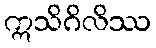
ဣသိဂိလိဿ